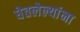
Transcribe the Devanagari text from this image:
घेतलेल्यांना